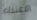
الاعتناء